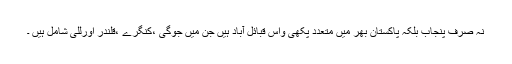
نہ صرف پنجاب بلکہ پاکستان بھر میں متعدد پکھی واس قبائل آباد ہیں جن میں جوگی ،کنگرے ،قلندر اورللی شامل ہیں ۔